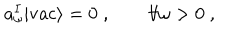
a _ { \omega } ^ { I } | \mathrm { v a c } \rangle = 0 \; , \qquad \forall \omega > 0 { \; , }